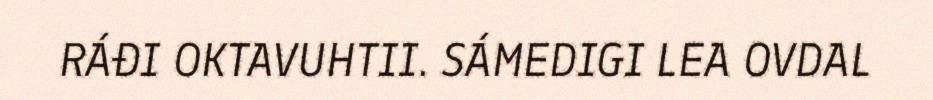
RÁĐI OKTAVUHTII. SÁMEDIGI LEA OVDAL